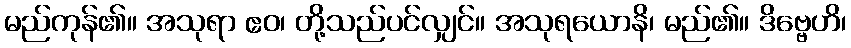
မည်ကုန်၏။ အသုရာ ဧဝ၊ တို့သည်ပင်လျှင်။ အသုရယောနိ၊ မည်၏။ ဒိဗ္ဗေဟိ၊